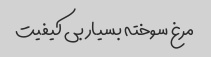
مرغ سوخته بسیار بی کیفیت